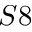
S 8